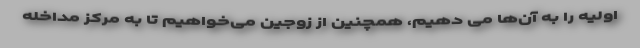
اولیه را به آن‌ها می دهیم، همچنین از زوجین می‌خواهیم تا به مرکز مداخله